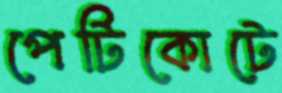
পেটিকোটে